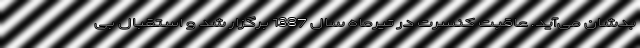
بدشان می‌آید. عاقبت کنسرت در تیرماه سال 1387 برگزار شد و استقبال بی